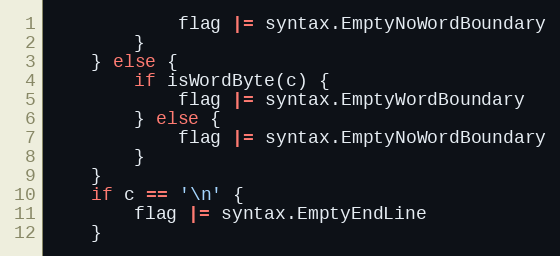
Language: Go
			flag |= syntax.EmptyNoWordBoundary
		}
	} else {
		if isWordByte(c) {
			flag |= syntax.EmptyWordBoundary
		} else {
			flag |= syntax.EmptyNoWordBoundary
		}
	}
	if c == '\n' {
		flag |= syntax.EmptyEndLine
	}